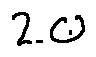
2 . 0